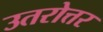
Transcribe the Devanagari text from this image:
उतरोत्तर